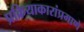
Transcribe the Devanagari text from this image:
प्रक्रियाकारांप्रमाणे